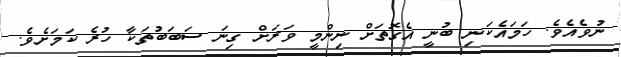
ނުވެއެވެ. ހަމައެކަނި ބުނީ އެގޮތަށް ނިންމީ ވަރަށް ގިނަ ސަބަބުތަކާ ހުރެ ކަމަށެވެ.